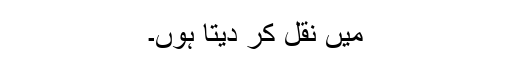
میں نقل کر دیتا ہوں۔